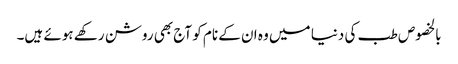
بالخصوص طب کی دنیا میں وہ ان کے نام کو آج بھی روشن رکھے ہوئے ہیں۔